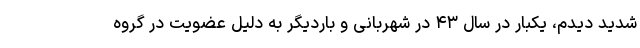
شدید دیدم، یکبار در سال ۴۳ در شهربانی و باردیگر به دلیل عضویت در گروه